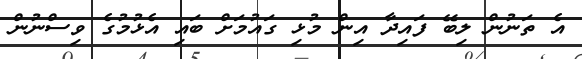
އެ ތަނުން ލިބޭ ފައިދާ އިން މުޅި ގައުމަށް ބައި އެޅުމުގެ ވިސްނުން